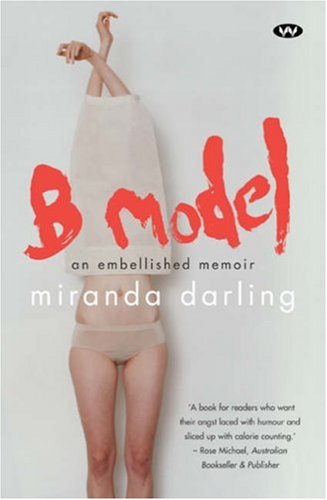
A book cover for B Model: An Embellished Memoir; Miranda Darling; Arts & Photography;